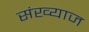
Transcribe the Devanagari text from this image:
संख्याज